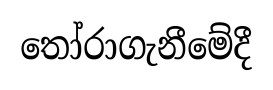
තෝරාගැනීමේදී